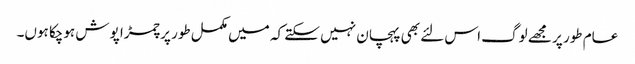
عام طور پر مجھے لوگ اس لئے بھی پہچان نہیں سکتے کہ میں مکمل طور پر چمڑا پوش ہوچکا ہوں۔